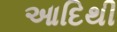
આદિથી